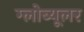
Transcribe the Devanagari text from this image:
ग्लोब्यूलर